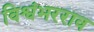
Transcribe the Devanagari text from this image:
विश्वंभरराव